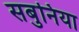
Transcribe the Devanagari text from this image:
सबुनिया